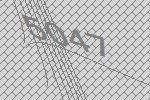
5047